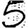
Digit: 5